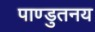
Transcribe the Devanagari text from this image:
पाण्डुतनय